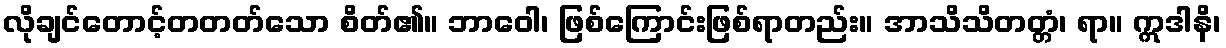
လိုချင်တောင့်တတတ်သော စိတ်၏။ ဘာဝေါ၊ ဖြစ်ကြောင်းဖြစ်ရာတည်း။ အာသိသိတတ္တံ၊ ရာ။ ဣဒါနိ၊